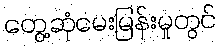
တွေ့ဆုံမေးမြန်းမှုတွင်